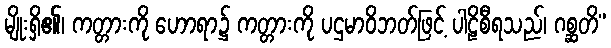
မျိုးရှိ၏၊ ကတ္တားကို ဟောရာ၌ ကတ္တားကို ပဌမာဝိဘတ်ဖြင့် ပါဠိစီရသည်၊ ဂစ္ဆတိ”